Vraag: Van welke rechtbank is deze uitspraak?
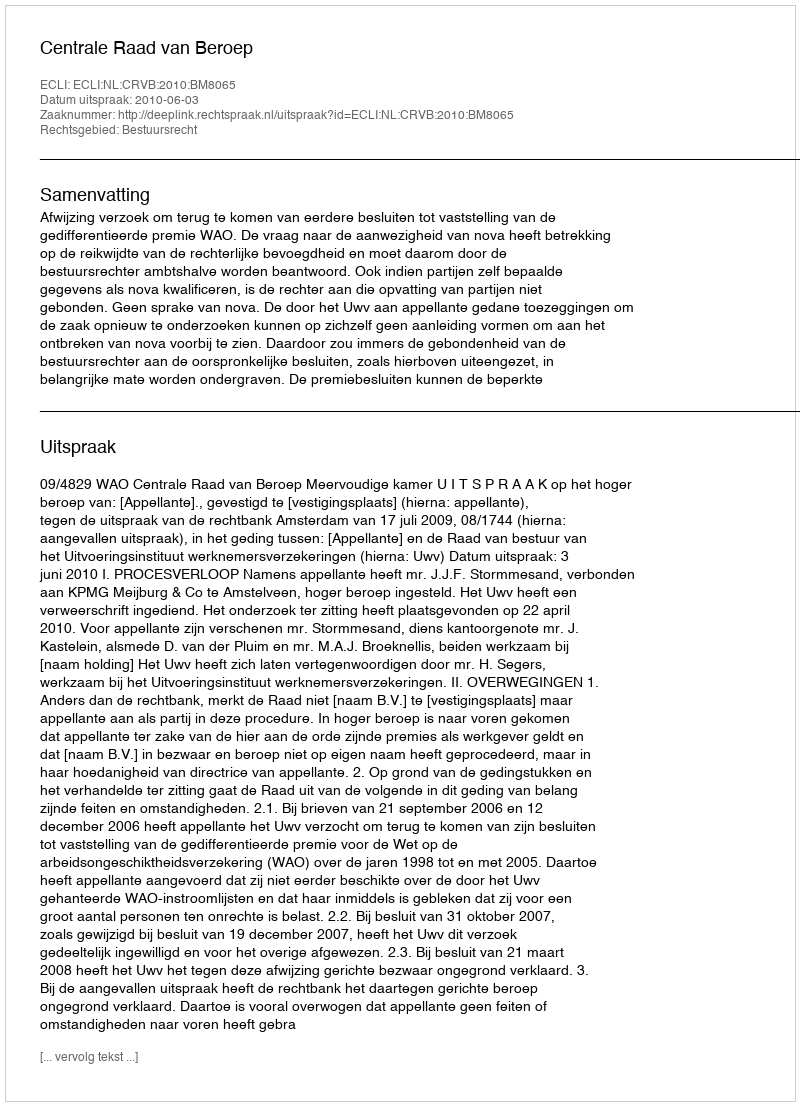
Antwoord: Centrale Raad van Beroep